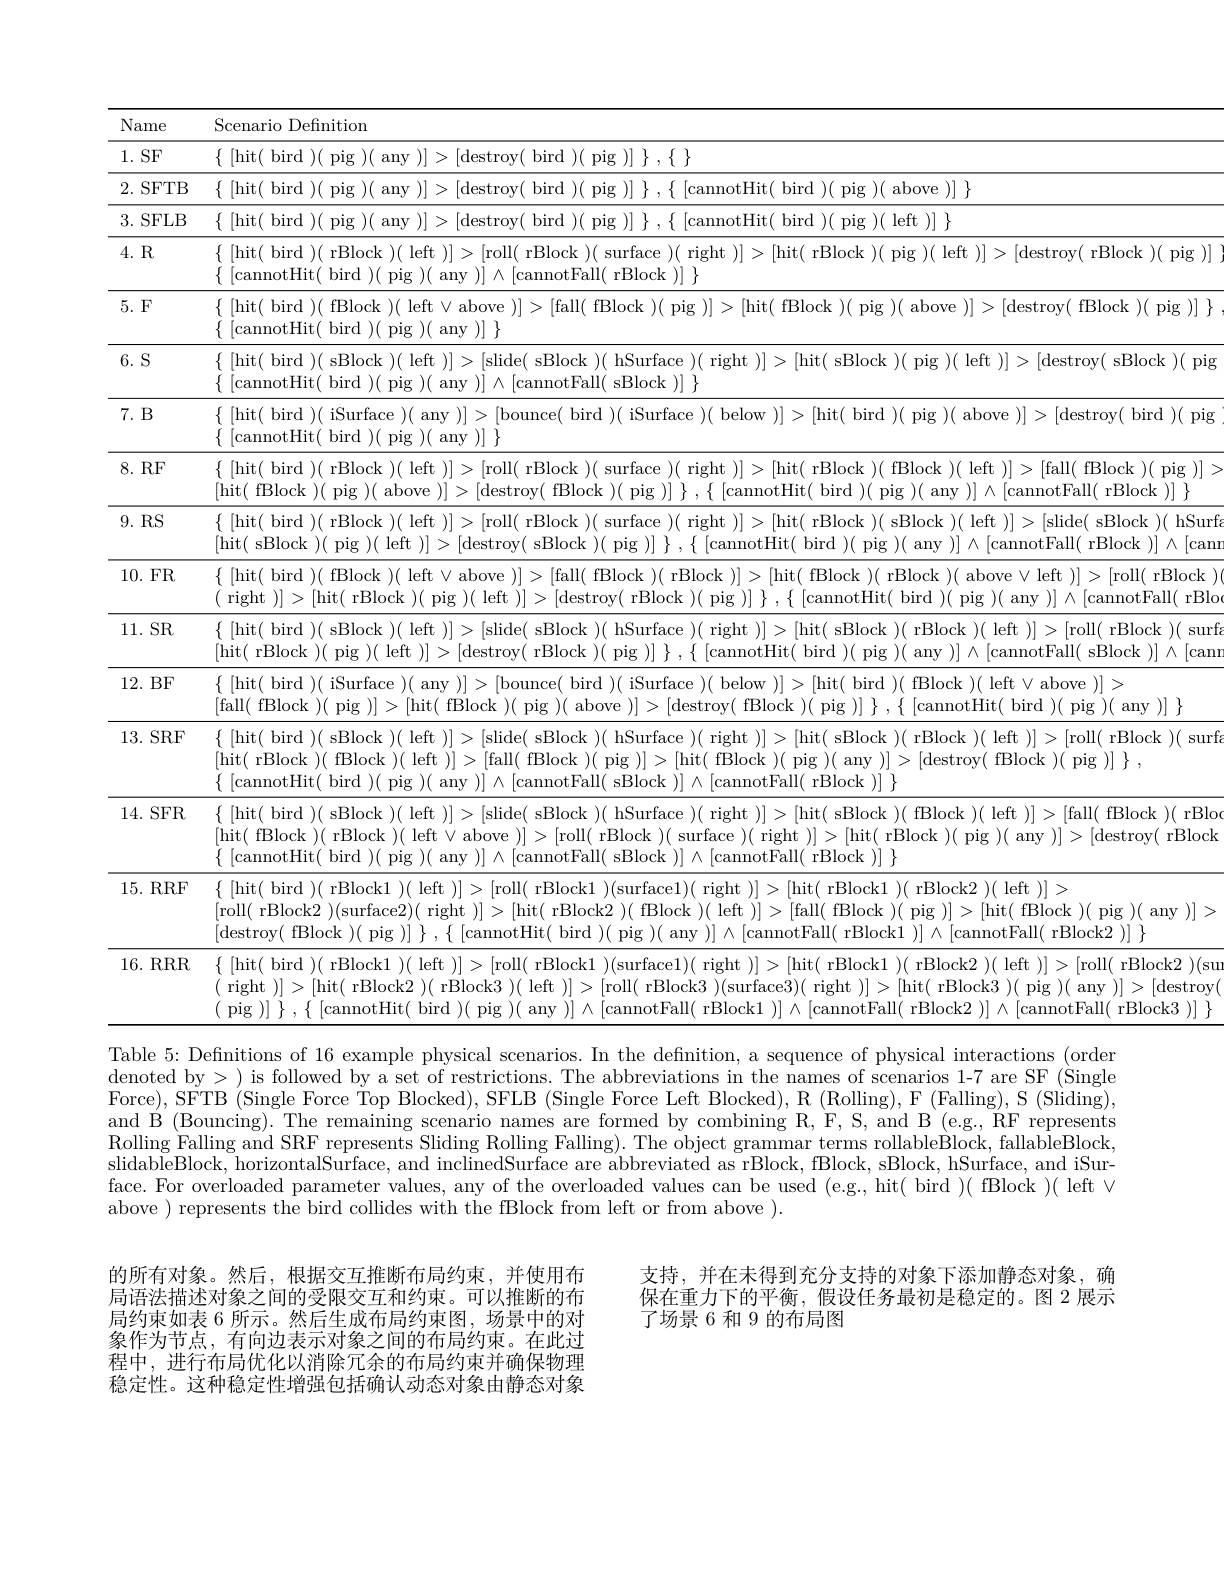
<table>
	<tbody>
		<tr>
			<th>Name</th>
			<th>Scenario Definition</th>
		</tr>
		<tr>
			<td>$1.SF$</td>
			<td>| hit( bird ) ( pig ) ( anv ) $> \left [ \mathrm{destroy( ~bird~) ( ~pig~) }\right ]$ $, \left \{ \right \}$</td>
		</tr>
		<tr>
			<td>2. SFTB</td>
			<td>| hit( bird ) ( pig ${\textbf{t( bird })}($pig )(above )]</td>
		</tr>
		<tr>
			<td>3. SFLB</td>
			<td>| hit( bird ) ( pig ) it( bird )( pig )( left )] $\}$</td>
		</tr>
		<tr>
			<td>4. R</td>
			<td>[ hit( bird ) ( rBlock ) ( left ) ] > roll( rBlock $\kappa)($surface)(right)]>[ [hit( rBlock )( pig )( left )]>[destroy( rBlock )( pig )] |cannotHit( b $\mathop{\mathrm{bird}}$ ${\mathrm{tFall}}($ rBlock</td>
		</tr>
		<tr>
			<td>5. F</td>
			<td>$\{$ [hit( bird )( fBlock )( left $\vee$above )]>[ [fall( fBlock )( pig )]>[ |cannotHit( b</td>
		</tr>
		<tr>
			<td>$6.S$</td>
			<td>$\{$ [hit( bird )( sBlock )( left )]>[slide( sBlock )( hSurface )( right )]>[hit( sBlock )( pig )( left )]>[destroy( sBlock )( pig [cannotHit( b bird any otFall( ( sBlock $) \|$</td>
		</tr>
		<tr>
			<td>7. B</td>
			<td>$\{~[$hit(bird)(iSurface)( anv )] bounce( bird )( iSurface ( below )]> [hit( bird )( pig )( above )]>[destroy( bird )( pig [cannotHit( b bird</td>
		</tr>
		<tr>
			<td>$8.RF$</td>
			<td>$\{~[$hit( bird $)(~$rBlock $)(~$left )]> [roll( rBlock $)({\mathrm{~right}}$ rBlock x )( fBlock )( left )]>[fall(fBlock )( pig)] > [hit( fBlock :)( pig )( abc [destroy( $\left [ \text{cannotFall( rBlock }) \right ]$ $\}$</td>
		</tr>
		<tr>
			<td>$9.RS$</td>
			<td>$\{$ [hit( bird )( rBlock )( left )] |roll( rBlock $hit($ rBlock 11 sBlock )(left :11> [slide( sBlock )( hSurf [hit(sBlock $\kappa)($ pig )( left |cannotFall( rBlock $)]\wedge[$can</td>
		</tr>
		<tr>
			<td>10.FR</td>
			<td>$\{$ [hit( bird )( fBlock )( left $\vee$above )] [fall( fBlock )( rBlock )] |hit(fBlock $\kappa) ($ rBlock )( above$\vee$left )]>[roll( rBlock ) ( right )]> [ hit( rBlock :1( ;)( left [destroy( $\operatorname{rBlock}$ plg $\operatorname{otHit(}$bird )(any 711 $\mid\land[$cannotFall( rBld]</td>
		</tr>
		<tr>
			<td>11. SR</td>
			<td>$\{~[$hit( bird )(sBlock)(left =1 |slide ${\mathrm{sBlock}}$ )( hSurface $\operatorname{right}$ :11: |hit( sBlock $\{1\}$ left =11 [roll( rBlock )(surf [hit( rBlock {:})( pig )( left |destro rBlc )(plg $\operatorname{lotFall}($ (sBlock $)]\wedge[$can</td>
		</tr>
		<tr>
			<td>12. BF</td>
			<td>$\{~[$hit( bird $)(~$iSurface $)(~$any )]> ,[bounce( bird )( iSurface )( below )]> $\|$hit( bird 1)( fBlock )( left $\vee$ above )]> [fall( fBlock )( pig )] [hit( fBlock abc |d$\epsilon$ fBI [cannotHit( bird )( pig )( any )] $</td>
		</tr>
		<tr>
			<td>13.SRF</td>
			<td>$\{\left[\mathrm{hit}(\mathrm{~bird~})(\mathrm{~sBlock~})(\mathrm{~left~})\right]>\left[\mathrm{slide}(\mathrm{~sBlock~})(\mathrm{~hSurface~})(\mathrm{~right~})\right]>\left[\mathrm{hit}(\mathrm{~sBlock~})(\mathrm{~rBlock~})(\mathrm{~left~})\right]>\left[\mathrm{roll}(\mathrm{~rBlock~})(\mathrm{~surf~})\right]$ [hit( rBlock )( fBlock )( left )]>[fall( fBlock )( pig )]>[hit( fBlock )( pig )( any )]>[destroy( fBlock )( pig )]~, $\{$ [cannotHit( bird )( pig )( any )]$\wedge[$cannotFall( sBlock )]$\wedge[$cannotFall( rBlock )] $\}$</td>
		</tr>
		<tr>
			<td>14.SFR</td>
			<td>$\{\begin{array}{c}\mathrm{(hit(~bird~)(~sBlock~)(~left~)}|>[\mathrm{slide(~sBlock~)(~hSurface~)(~right~)}]>[\mathrm{hit(~sBlock~)(~fBlock~)(~left~)}]>[\mathrm{fall(~fBlock~)(~rBlod~)}]>[\mathrm{fall(~fBlock~)(~rBlod~)}]\end{array}$ $\{$ [cannotHit( bird )( pig )( any )] ∧[cannotFall( sBlock )] ∧[cannotFall( rBlock )] $\}$ [hit( fBlock )( rBlock )( left v above )]>[roll( rBlock )( surface )( right )]>[hit( rBlock )( pig )( any )]>[destroy( rBlock)]>[destroy( rBlock)]>[destroy( raldis pres pres pres pres pres pres pres pres pres pres pres pres pres pres pres pres pres pre</td>
		</tr>
		<tr>
			<td>15.RRF</td>
			<td>$\{\begin{array}{c}[\mathrm{hit(~bird~)(~rBlock1~)(~left~)}]>[\mathrm{roll(~rBlock1~)(surface1)(~right~)}]>[\mathrm{hit(~rBlock1~)(~rBlock2~)(~left~)}]>\end{array}$ destroy( fBlock ) ( pig ) $] \} , \{ [ cannotHit( bird ) ( pig ) ( any ) ] \wedge [ cannotFall( rBlock1 ) ] \wedge [ cannotFall( rBlock2 ) ] \}$</td>
		</tr>
		<tr>
			<td>16.RRR</td>
			<td>$\{$ [hit( bird )( rBlock1 )( left )]>[roll( rBlock1 )(surface1)( right )]>[hit( rBlock1 )( rBlock2 )( left )]>[roll( rBlock2 )(sunder)]>[roll( rBlock2 )] right )|>|hit( rBlock2 )( rBlock3 )( left )|>|roll( : ) ( surface3) ( right ) |>[hit( rBlock3 )( pig )( any )]>[destroy</td>
		</tr>
	</tbody>
</table>
denoted by> ) is followed by a set of restrictions. The abbreviations in the names of scenarios 1-7 are SF (Single

Force), SFTB (Single Force Top Blocked), SFLB (Single Force Left Blocked), R (Rolling), F (Falling), S (Sliding), and B (Bouncing).The remaining scenario names are formed by combining R, F, S, and B (e.g, RF represents Rolling Falling and SRF represents Sliding Rolling Falling). The object grammar terms rollableBlock, fallableBlock, slidableBlock, horizontalSurface, and inclinedSurface are abbreviated as rBlock, fBlock, sBlock, hSurface, and iSurface. For overloaded parameter values, any of the overloaded values can be used (e.g., hit( bird )( fBlock )( left $\vee$ above ) represents the bird collides with the fBlock from left or from above ).

支持，并在未得到充分支持的对象下添加静态对象，确保在重力下的平衡，假设任务最初是稳定的。图 2 展示了场景 6 和 9 的布局图

的所有对象。然后，根据交互推断布局约束，并使用布局语法描述对象之间的受限交互和约束。可以推断的布局约束如表 6 所示。然后生成布局约束图，场景中的对象作为节点，有向边表示对象之间的布局约束。在此过程中，进行布局优化以消除冗余的布局约束并确保物理稳定性。这种稳定性增强包括确认动态对象由静态对象